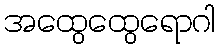
အထွေထွေရောဂါ